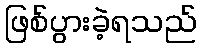
ဖြစ်ပွားခဲ့ရသည်